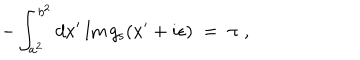
LaTeX: - \int _ { a ^ { 2 } } ^ { b ^ { 2 } } d x ^ { \prime } \, \mathrm { I m } \, g _ { \mathrm { s } } ( x ^ { \prime } + i \epsilon ) \; = \; \pi \; ,